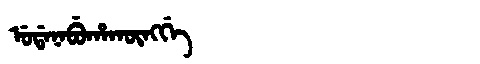
Manchu: ᡠᡩᠠᠨᠠᠪᡠᡥᠠᡴᡡᠩᡤᡝ
Romanization: UDANABUHAKŪNGGE